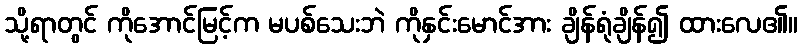
သို့ရာတွင် ကိုအောင်မြင့်က မပစ်သေးဘဲ ကိုနှင်းမောင်အား ချိန်ရုံချိန်၍ ထားလေ၏။